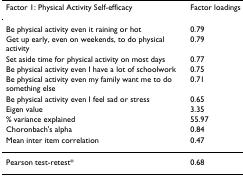
<table><thead><tr><td><b>Factor 1: Physical Activity Self-efficacy</b></td><td><b>Factor loadings</b></td></tr></thead><tbody><tr><td>Be physical activity even it raining or hot</td><td>0.79</td></tr><tr><td>Get up early, even on weekends, to do physical activity</td><td>0.79</td></tr><tr><td>Set aside time for physical activity on most days</td><td>0.77</td></tr><tr><td>Be physical activity even I have a lot of schoolwork</td><td>0.75</td></tr><tr><td>Be physical activity even my family want me to do something else</td><td>0.71</td></tr><tr><td>Be physical activity even I feel sad or stress</td><td>0.65</td></tr><tr><td>Eigen value</td><td>3.35</td></tr><tr><td>% variance explained</td><td>55.97</td></tr><tr><td>Choronbach&#x27;s alpha</td><td>0.84</td></tr><tr><td>Mean inter item correlation</td><td>0.47</td></tr><tr><td>Pearson test-retest*</td><td>0.68</td></tr></tbody></table>